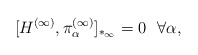
\begin{align*}[ H^{(\infty)}, \pi_\alpha^{(\infty)} ]_{*_\infty} = 0 ~~ \forall \alpha ,\end{align*}